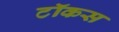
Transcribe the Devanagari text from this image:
टॉकस